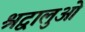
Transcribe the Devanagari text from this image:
श्रद्वालुओं